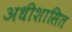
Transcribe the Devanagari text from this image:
अधीशासित